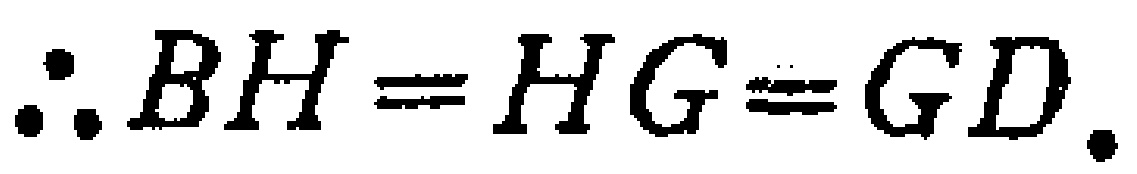
\(\therefore BH = HG = GD.\)